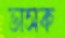
ভাসক